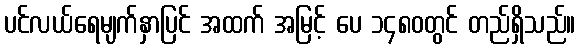
ပင်လယ်ရေမျက်နှာပြင် အထက် အမြင့် ပေ ၁၄၈၀တွင် တည်ရှိသည်။